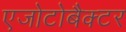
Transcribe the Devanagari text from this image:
एजोटोबैक्टर